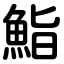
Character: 鮨